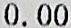
0.00